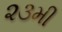
૨૩મી